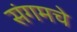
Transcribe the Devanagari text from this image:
संगमचे